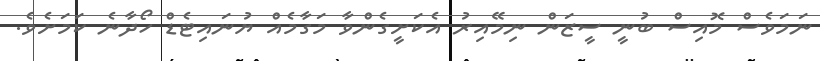
ނަމަވެސް މޮއިސް ބުނީ ސީޒަން ނިމޭއިރު އެކަށީގެންވާ މަގާމެއް ޔުނައިޓެޑް ހޯދާނެ ކަމަށެވެ.